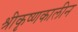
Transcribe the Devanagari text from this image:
श्रीकृष्णकालीन